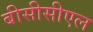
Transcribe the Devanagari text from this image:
बीसीसीएल